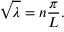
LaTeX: { \sqrt { \lambda } } = n { \frac { \pi } { L } } .